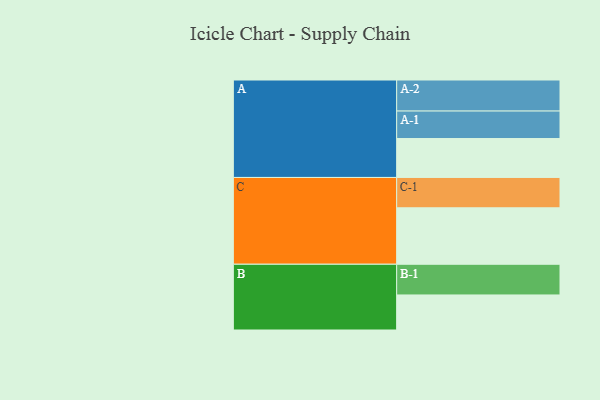
{"axis": {"x": "Segment", "y": "Value"}, "legend": ["", "A", "B", "C"], "data": [{"x": "A", "y": 340, "type": ""}, {"x": "B", "y": 306, "type": ""}, {"x": "C", "y": 493, "type": ""}, {"x": "A-1", "y": 240, "type": "A"}, {"x": "A-2", "y": 271, "type": "A"}, {"x": "B-1", "y": 268, "type": "B"}, {"x": "C-1", "y": 265, "type": "C"}]}